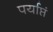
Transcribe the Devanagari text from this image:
पर्याप्तं